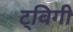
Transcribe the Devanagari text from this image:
ट्विगी